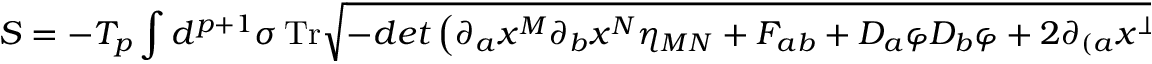
S = - T _ { p } \int d ^ { p + 1 } \sigma \, \mathrm { T r } \sqrt { - d e t \left( \partial _ { a } x ^ { M } \partial _ { b } x ^ { N } \eta _ { M N } + F _ { a b } + D _ { a } \varphi D _ { b } \varphi + 2 \partial _ { ( a } x ^ { \bot } D _ { b ) } \varphi \right) } ,